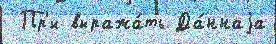
 Пр'и выража́ть Да́ннаjа